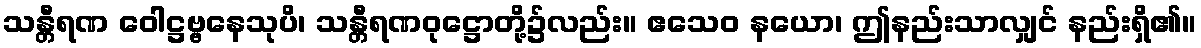
သန္တီရဏ ဝေါဋ္ဌဗ္ဗနေသုပိ၊ သန္တီရဏဝုဋ္ဌောတို့၌လည်း။ ဧသေဝ နယော၊ ဤနည်းသာလျှင် နည်းရှိ၏။